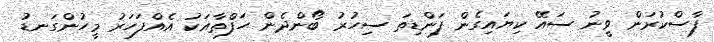
ފާސްކުރަން ވީނު ސައޭ ކިޔައިގެން ފަންޑިތަ ސިހުރު ބޯންދެން ހަފްތާއަކު އެއްފަހަރު މީހުންގަނޑު